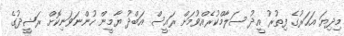
މިދިޔަ އަހަރުގެ ފިތުރު އީދު ސަލާމްކުރެއްވުމަށް ރައީސް އަބްދު ޔާމީން ހުންނަވަނިކޮށް ރަޝީދުގެ